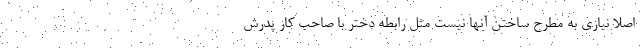
اصلا نیازی به مطرح ساختن آنها نیست مثل رابطه دختر با صاحب کار پدرش